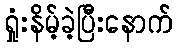
ရှုံးနိမ့်ခဲ့ပြီးနောက်